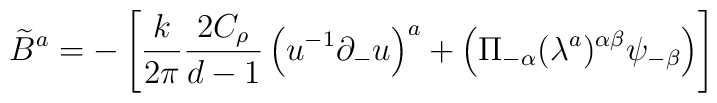
\widetilde{B}^a = -\left[ \frac{k}{2\pi} \frac{2C_{\rho}}{d-1}\left(u^{-1}\partial_{-}u \right)^a+\left( \Pi_{-\alpha}(\lambda^a)^{\alpha\beta}\psi_{-\beta} \right)\right]